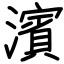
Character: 濱